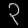
Digit: ၃